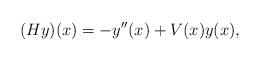
LaTeX: \begin{align*}(Hy)(x) = -y''(x) + V(x) y(x) ,\end{align*}